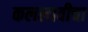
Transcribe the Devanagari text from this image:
कललावीचा